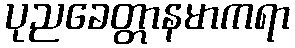
ပုညခေတ္တာနမာကရာ